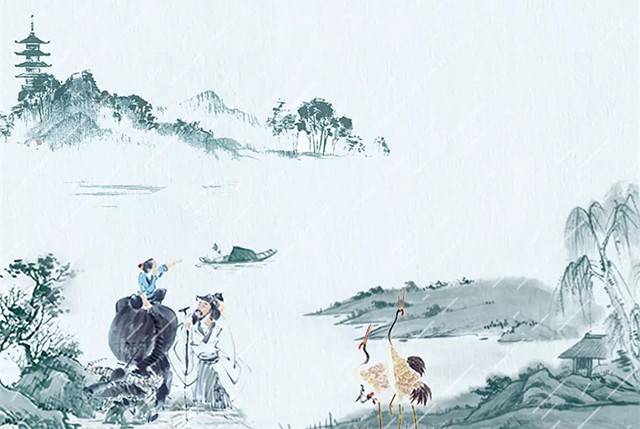
燕子来时新社，梨花落后清明。